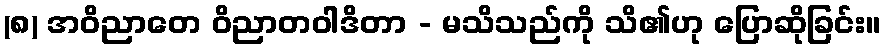
(၈) အဝိညာတေ ဝိညာတဝါဒိတာ - မသိသည်ကို သိ၏ဟု ပြောဆိုခြင်း။